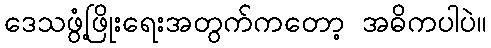
ဒေသဖွံ့ဖြိုးရေးအတွက်ကတော့ အဓိကပါပဲ။